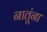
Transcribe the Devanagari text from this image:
नातूंना